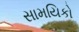
સામયિકો